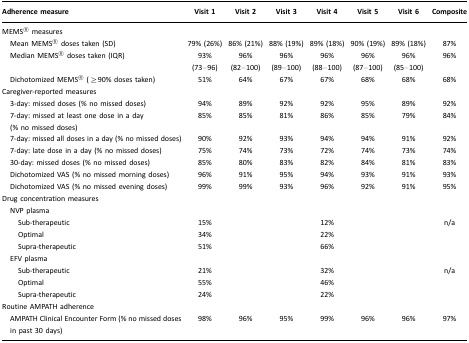
<table><thead><tr><td><b>Adherence measure</b></td><td><b>Visit 1</b></td><td><b>Visit 2</b></td><td><b>Visit 3</b></td><td><b>Visit 4</b></td><td><b>Visit 5</b></td><td><b>Visit 6</b></td><td><b>Composite</b></td></tr></thead><tbody><tr><td>MEMS<sup>®</sup> measures</td><td></td><td></td><td></td><td></td><td></td><td></td><td></td></tr><tr><td> Mean MEMS<sup>®</sup> doses taken (SD)</td><td>79% (26%)</td><td>86% (21%)</td><td>88% (19%)</td><td>89% (18%)</td><td>90% (19%)</td><td>89% (18%)</td><td>87%</td></tr><tr><td> Median MEMS<sup>®</sup> doses taken (IQR)</td><td>93% (73–96)</td><td>96% (82–100)</td><td>96% (89–100)</td><td>96% (88–100)</td><td>96% (87–100)</td><td>96% (85–100)</td><td>96%</td></tr><tr><td> Dichotomized MEMS<sup>®</sup> (≥90% doses taken)</td><td>51%</td><td>64%</td><td>67%</td><td>67%</td><td>68%</td><td>68%</td><td>68%</td></tr><tr><td>Caregiver-reported measures</td><td></td><td></td><td></td><td></td><td></td><td></td><td></td></tr><tr><td> 3-day: missed doses (% no missed doses)</td><td>94%</td><td>89%</td><td>92%</td><td>92%</td><td>95%</td><td>89%</td><td>92%</td></tr><tr><td> 7-day: missed at least one dose in a day (% no missed doses)</td><td>85%</td><td>85%</td><td>81%</td><td>86%</td><td>85%</td><td>79%</td><td>84%</td></tr><tr><td> 7-day: missed all doses in a day (% no missed doses)</td><td>90%</td><td>92%</td><td>93%</td><td>94%</td><td>94%</td><td>91%</td><td>92%</td></tr><tr><td> 7-day: late dose in a day (% no missed doses)</td><td>75%</td><td>74%</td><td>73%</td><td>72%</td><td>74%</td><td>73%</td><td>74%</td></tr><tr><td> 30-day: missed doses (% no missed doses)</td><td>85%</td><td>80%</td><td>83%</td><td>82%</td><td>84%</td><td>81%</td><td>83%</td></tr><tr><td> Dichotomized VAS (% no missed morning doses)</td><td>96%</td><td>91%</td><td>95%</td><td>94%</td><td>93%</td><td>91%</td><td>93%</td></tr><tr><td> Dichotomized VAS (% no missed evening doses)</td><td>99%</td><td>99%</td><td>93%</td><td>96%</td><td>92%</td><td>91%</td><td>95%</td></tr><tr><td>Drug concentration measures</td><td></td><td></td><td></td><td></td><td></td><td></td><td></td></tr><tr><td> NVP plasma</td><td></td><td></td><td></td><td></td><td></td><td></td><td></td></tr><tr><td>Sub-therapeutic</td><td>15%</td><td></td><td></td><td>12%</td><td></td><td></td><td>n/a</td></tr><tr><td>Optimal</td><td>34%</td><td></td><td></td><td>22%</td><td></td><td></td><td></td></tr><tr><td>Supra-therapeutic</td><td>51%</td><td></td><td></td><td>66%</td><td></td><td></td><td></td></tr><tr><td> EFV plasma</td><td></td><td></td><td></td><td></td><td></td><td></td><td></td></tr><tr><td>Sub-therapeutic</td><td>21%</td><td></td><td></td><td>32%</td><td></td><td></td><td>n/a</td></tr><tr><td>Optimal</td><td>55%</td><td></td><td></td><td>46%</td><td></td><td></td><td></td></tr><tr><td>Supra-therapeutic</td><td>24%</td><td></td><td></td><td>22%</td><td></td><td></td><td></td></tr><tr><td>Routine AMPATH adherence</td><td></td><td></td><td></td><td></td><td></td><td></td><td></td></tr><tr><td> AMPATH Clinical Encounter Form (% no missed doses in past 30 days)</td><td>98%</td><td>96%</td><td>95%</td><td>99%</td><td>96%</td><td>96%</td><td>97%</td></tr></tbody></table>